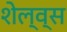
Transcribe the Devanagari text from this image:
शेल्व्स